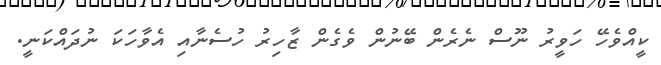
ކީއްވެހޭ ހަވީރު ނޫސް ނެރެން ބޭނުން ވެގެން ޒާހިރު ހުސެނާއި އެވާހަކަ ނުދައްކަނީ.